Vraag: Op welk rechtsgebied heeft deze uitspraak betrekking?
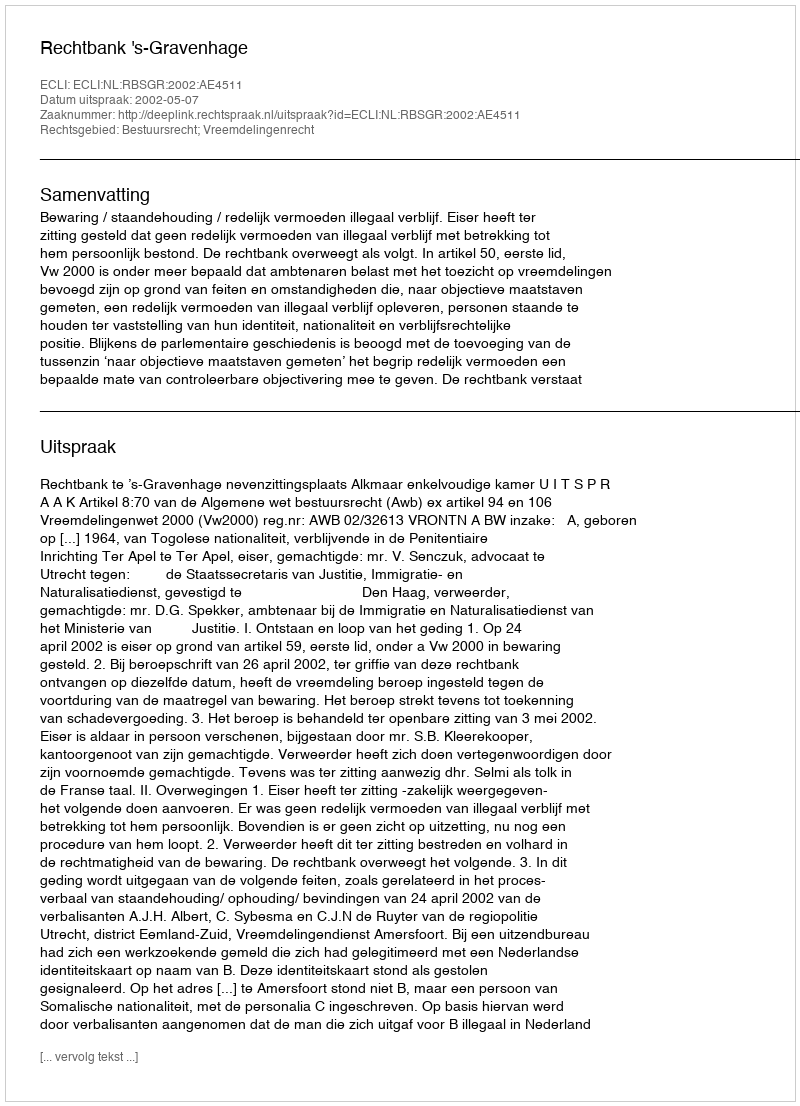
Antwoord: Bestuursrecht; Vreemdelingenrecht